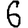
Digit: 6